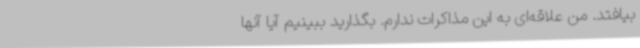
بیافتد. من علاقه‌ای به این مذاکرات ندارم. بگذارید ببینیم آیا آنها